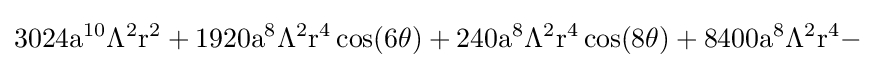
{\rm {3024a^{10}\Lambda ^{2}r^{2}+1920a^{8}\Lambda ^{2}r^{4}\cos(6\theta )+240a^{8}\Lambda ^{2}r^{4}\cos(8\theta )+8400a^{8}\Lambda ^{2}r^{4}-}}